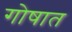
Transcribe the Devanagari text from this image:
गोषात